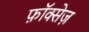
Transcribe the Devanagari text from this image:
फ़ॉक्सेज़